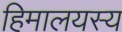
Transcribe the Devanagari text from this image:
हिमालयस्य